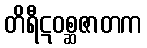
တိရီဋဝစ္ဆဇာတက